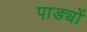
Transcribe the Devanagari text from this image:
पाड्यों